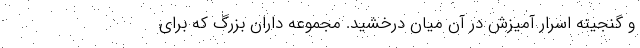
و گنجینه اسرار آمیزش در آن میان درخشید. مجموعه داران بزرگ که برای